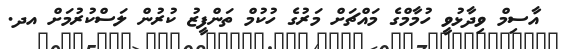
އާސިމް ވިދާޅުވީ ހުމާމްގެ މައްޗަށް މަރުގެ ހުކުމް ތަންފީޒު ކުރުން ލަސްކުރުމަށް އދ.